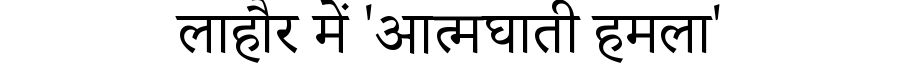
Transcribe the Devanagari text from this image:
लाहौर में 'आत्मघाती हमला'